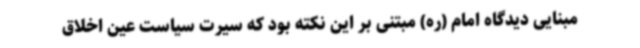
مبنایی دیدگاه امام (ره) مبتنی بر این نکته بود که سیرت سیاست عین اخلاق